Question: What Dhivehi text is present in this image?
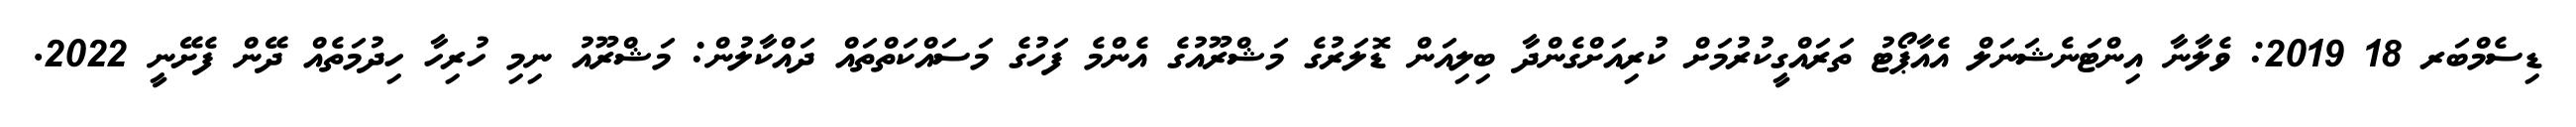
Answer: ޑިސެމްބަރ 18 2019: ވެލާނާ އިންޓަނެޝަނަލް އެއާޕޯޓު ތަރައްގީކުރުމަށް ކުރިއަށްގެންދާ ބިލިއަން ޑޮލަރުގެ މަޝްރޫއުގެ އެންމެ ފަހުގެ މަސައްކަތްތައް ދައްކާލުން: މަޝްރޫއު ނިމި ހުރިހާ ހިދުމަތެއް ދޭން ފެށޭނީ 2022.